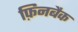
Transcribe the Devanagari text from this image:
फ़िनबैक